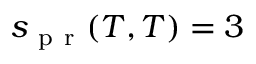
s _ { \mathrm { ~ p ~ r ~ } } ( T , T ) = 3